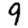
Digit: 9